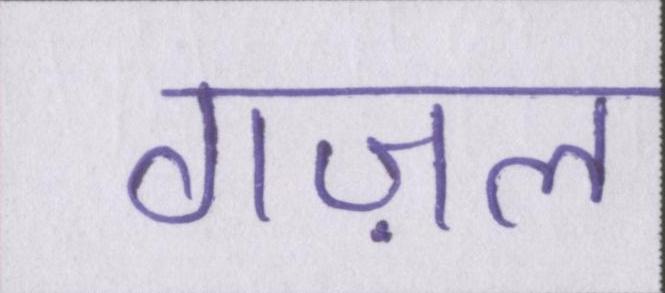
गज़ल